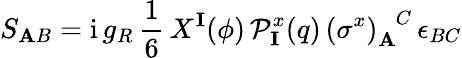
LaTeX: S_{\mathbf{A}B}=\mathrm{{i}}\, g_{R}\, \frac{{1}}{{6}}\, X^{\mathbf{{I}}}(\phi)\, \mathcal{{P}}_{\mathbf{{I}}}^{x}(q)\, \left(\sigma^{x}\right)_{\mathbf{A}}^{\phantom{\mathbf{A}}C}\, \epsilon_{BC}